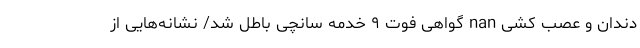
دندان و عصب کشی nan گواهی فوت ۹ خدمه سانچی باطل شد/ نشانه‌هایی از